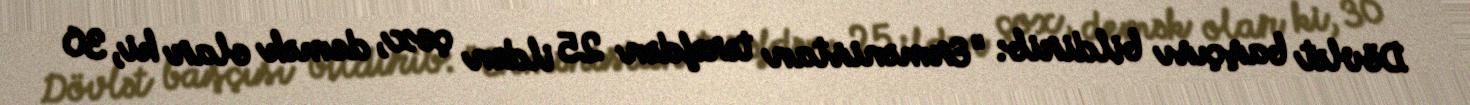
Dövlət başçısı bildirib: "Ermənistan tərəfdən 25 ildən çox, demək olar ki, 30